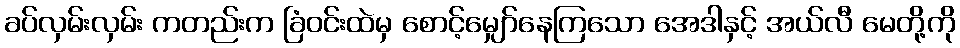
ခပ်လှမ်းလှမ်း ကတည်းက ခြံဝင်းထဲမှ စောင့်မျှော်နေကြသော အေဒါနှင့် အယ်လီ မေတို့ကို